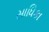
સાધિકા